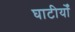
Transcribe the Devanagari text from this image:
घाटीयोँ